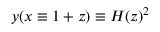
y ( x \equiv 1 + z ) \equiv H ( z ) ^ { 2 }